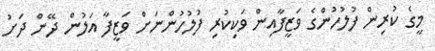
މީގެ ކުރިން ފުލުހުންގެ ވަޒީފާއިން ވަކިކުރި ފުލުހުންނަށް ވަޒީފާ އަލުން ދޭން ދަށު